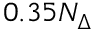
0 . 3 5 N _ { \Delta }